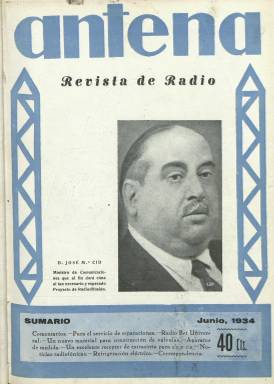
Título: Antena (Madrid. 1928)
Colección: Comunicaciones
Ámbito geográfico: Madrid
Lugar de publicación: Madrid
Fechas: 01/01/1930-31/05/1936

Publicación mensual  dedicada a ese medio de comunicación reciente que era la radio en la que priman los aspectos técnicos de los aparatos más que los sociales, aunque en sus números pueden espigarse interesantes reportajes sobre el desarrollo que iba alcanzando la información, la música y la publicidad difundidas a través de la radio, tanto en España como en el mundo.

  Otro factor de interés nada desdeñable son las excelentes cubiertas de la revista, dibujadas por un joven Fernando Briones, pintor formado en la Academia de Bellas Artes de San Fernando, en Madrid, que tuvo como compañero de carrera a Salvador Dalí, de quien fue amigo. Las cubiertas de Briones, que también hizo algunos dibujos en páginas interiores de la publicación, están inspiradas en los diversos movimientos artísticos de vanguardia, igual que lo estaban las cubiertas de los libros publicados esos años, ilustraciones que contaron con la colaboración de artistas como Luis Bagaría o Rafael de Penagos.

   En el número correspondiente a octubre de 1932, Briones hizo un magnífica caricatura del a la sazón presidente del Gobierno, Manuel Azaña, empleando para ello cables, enchufes y otros componentes de los aparatos radiofónicos. Coincide esta cubierta con un comentario interior en el que se informa de que el anuncio de la transmisión del discurso de Azaña en el Teatro Pereda, de Santander, había disparado las ventas de receptores tras un verano de paralización de los negocios.

   La revista era el órgano de Radio Popular, una empresa distribuidora, y dedicaba un buen número de páginas a publicidad de fabricantes y de casa comerciales. Amplificadores, válvulas, lámparas, circuitos…las páginas de la publicación están llenas de información, dibujos y gráficos con términos y detalles técnicos. También se pueden observar fotografías  de numerosos modelos de aparatos de radio. “Apenas hay casas sin radio”, es un comentario triunfalista hecho en febrero de 1935 en el que se da cuenta de cómo los fabricantes y comerciantes norteamericanos estaban inundando el mercado español.

    Pero también había reportajes de amplio calado como, por ejemplo, el publicado en septiembre de 1931 dedicado al desarrollo de la radio en Rusia, o de lectura más política, como el mencionado antes de Azaña, de octubre de 1932, en el que se pide al Gobierno que baje los aranceles que se pagan por la importación de válvulas a fin de fomentar la industria nacional. “Que podamos contar con válvulas baratas y la industria de radio será un porvenir espléndido para la economía y el obrerismo nacional, como es actualmente en Norteamérica, Alemania y Holanda, entre otras”.

    Igualmente se solicita del Gobierno que ejecute ya el proyecto de instalar dos potentes emisoras de radio para el desarrollo del sector en España.

   El último número de la revista es el correspondiente a mayo de 1936, en el que se anuncia la suspensión de la publicación durante el verano debido a la crisis por la  que pasaba el comercio y por la paralización de las actividades técnicas radiofónicas durante el estío. Se emplaza al lector hasta el número de septiembre con el avance de las novedades para la siguiente campaña. Desgraciadamente, la guerra hizo imposible que la revista retomara su encuentro con los lectores.

[Descripción publicada el 3/7/2019]